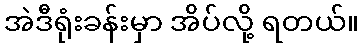
အဲဒီရုံးခန်းမှာ အိပ်လို့ ရတယ်။